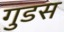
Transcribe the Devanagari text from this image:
गुडस